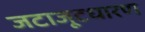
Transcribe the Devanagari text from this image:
जटाजूटधारण